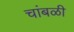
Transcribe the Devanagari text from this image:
चांबळी